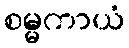
စမ္မကာယံ